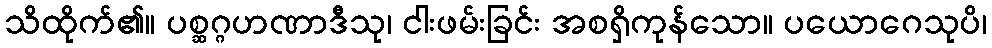
သိထိုက်၏။ ပစ္ဆဂ္ဂဟဏာဒီသု၊ ငါးဖမ်းခြင်း အစရှိကုန်သော။ ပယောဂေသုပိ၊